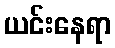
ယင်းနေရာ